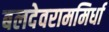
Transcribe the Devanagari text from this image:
बलदेवराममिर्धा